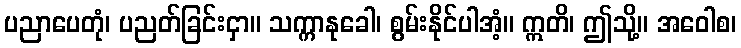
ပညာပေတုံ၊ ပညတ်ခြင်းငှာ။ သက္ကာနုခေါ၊ စွမ်းနိုင်ပါအံ့။ ဣတိ၊ ဤသို့။ အဝေါစ၊